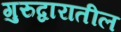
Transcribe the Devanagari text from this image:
गुरुद्वारातील